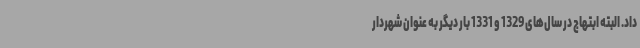
داد. البته ابتهاج در سال‌های 1329 و 1331 بار دیگر به‌ عنوان شهردار